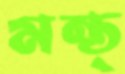
মন্ত্